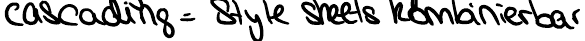
cascading = Style sheets kombinierbar